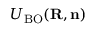
{ \cal U } _ { \mathrm { B O } } ( { \bf R , n } )